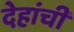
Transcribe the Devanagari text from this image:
देहांची